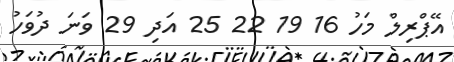
އޭޕްރިލް މަހު 16 19 22 25 އަދި 29 ވަނަ ދުވަހު